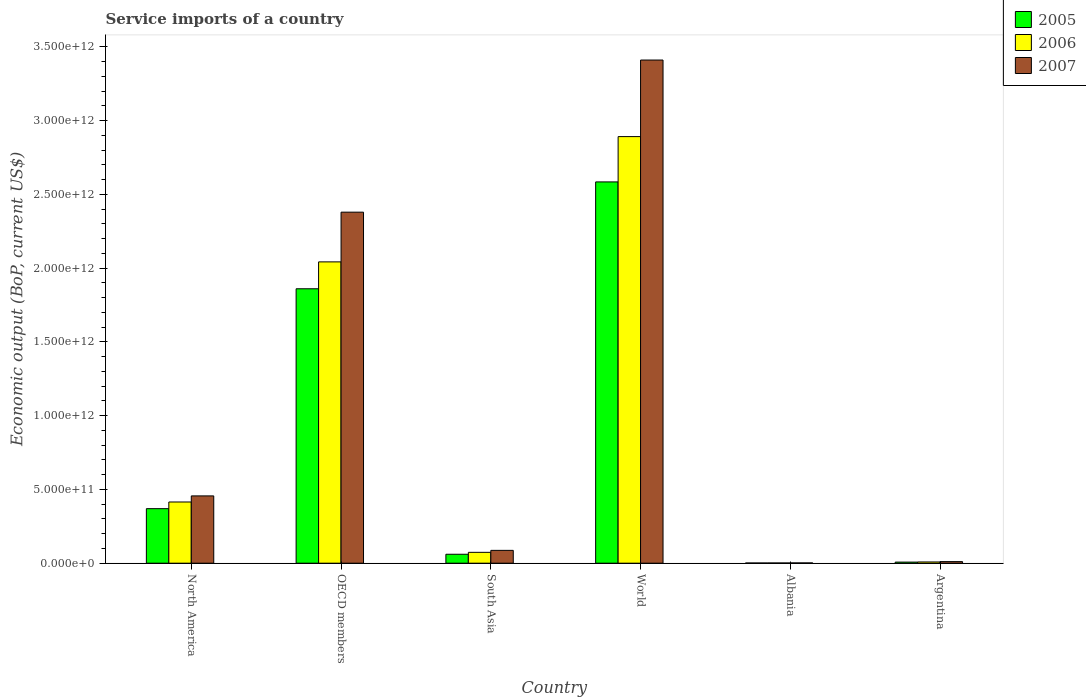
| Country | 2005 | 2006 | 2007 |
 | --- | --- | --- | --- |
 | North America | 3.7e+11 | 4.15e+11 | 4.56e+11 |
 | OECD members | 1.86e+12 | 2.04e+12 | 2.38e+12 |
 | South Asia | 6.07e+10 | 7.37e+10 | 8.7e+10 |
 | World | 2.59e+12 | 2.89e+12 | 3.41e+12 |
 | Albania | 1.38e+09 | 1.57e+09 | 1.92e+09 |
 | Argentina | 7.5e+09 | 8.39e+09 | 1.07e+10 |